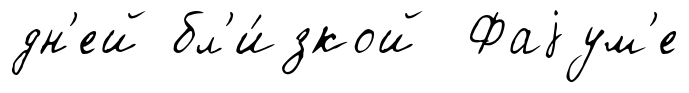
дн'ей бл'и́зкой Фаjум'е